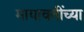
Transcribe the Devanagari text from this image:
मायावतींच्या